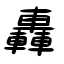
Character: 轟